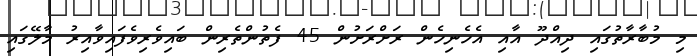
މި މުބާރާތުގައި ދިއްދޫ އާއި އެހެނިހެން ރަށްރަށުން 45 ފެތުންތެރިން ބައިވެރިވެފައިވާއިރު މާލޭގައި